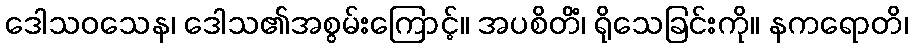
ဒေါသဝသေန၊ ဒေါသ၏အစွမ်းကြောင့်။ အပစိတိံ၊ ရိုသေခြင်းကို။ နကရောတိ၊